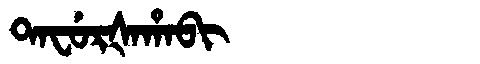
Manchu: ᡨᠠᠸᡠᡵᡧᠠᡥᠠᠪᡳ
Romanization: TAFURŠAHABI